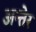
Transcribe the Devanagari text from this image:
अन्तेर